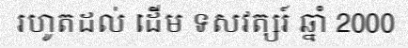
រហូតដល់ ដើម ទសវត្សរ៍ ឆ្នាំ 2000